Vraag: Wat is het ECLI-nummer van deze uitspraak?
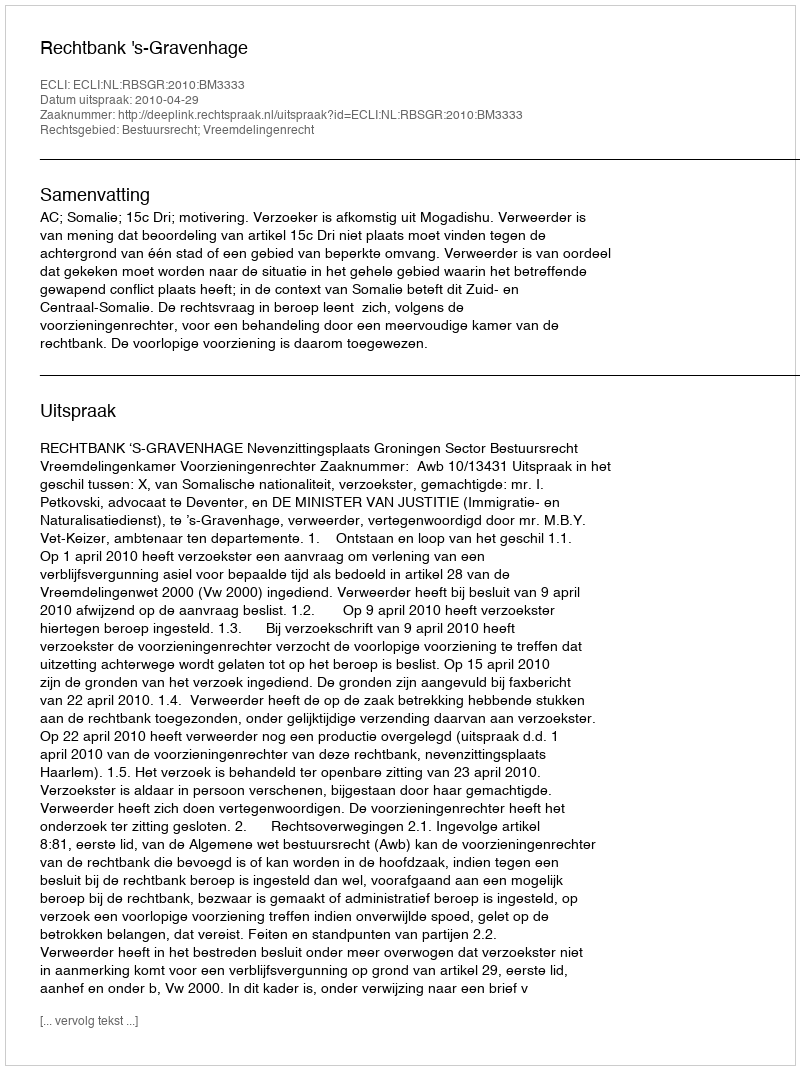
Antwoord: ECLI:NL:RBSGR:2010:BM3333